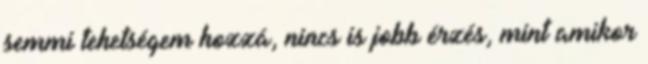
semmi tehetségem hozzá, nincs is jobb érzés, mint amikor